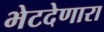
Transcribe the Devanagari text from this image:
भेटदेणारा